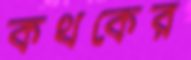
কথকের